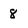
Character: 8